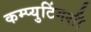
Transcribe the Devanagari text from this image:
कम्प्युटिंगशी